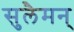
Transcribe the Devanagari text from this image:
सुलैमन्